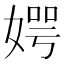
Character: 𪦊